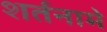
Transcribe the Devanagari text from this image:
शर्तनामे